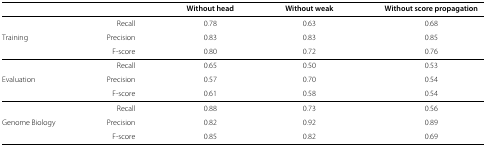
|  |  | Without head | Without weak | Without score propagation |
 | --- | --- | --- | --- | --- |
 |  | Recall | 0.78 | 0.63 | 0.68 |
 | Training | Precision | 0.83 | 0.83 | 0.85 |
 |  | F-score | 0.80 | 0.72 | 0.76 |
 |  | Recall | 0.65 | 0.50 | 0.53 |
 | Evaluation | Precision | 0.57 | 0.70 | 0.54 |
 |  | F-score | 0.61 | 0.58 | 0.54 |
 |  | Recall | 0.88 | 0.73 | 0.56 |
 | Genome Biology | Precision | 0.82 | 0.92 | 0.89 |
 |  | F-score | 0.85 | 0.82 | 0.69 |